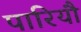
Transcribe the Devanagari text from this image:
पारियौ